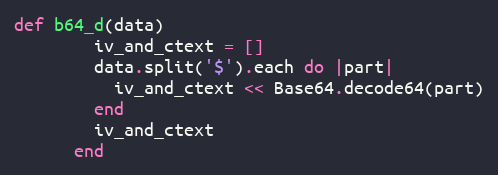
Language: Ruby
def b64_d(data)
        iv_and_ctext = []
        data.split('$').each do |part|
          iv_and_ctext << Base64.decode64(part)
        end
        iv_and_ctext
      end